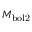
M _ { \mathrm { b o l 2 } }